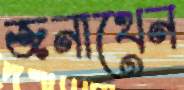
জনাথেন